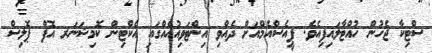
ސްޓިކާ ޖެހުން ހުއްޓާލައިފިއެވެ. ޕީއެސްއެމްއަށް ދެއްވި އިންޓަވިއުއެއްގައި އެކްޓިން ކޮމިޝަނަރ އޮފް ޕޮލިސް